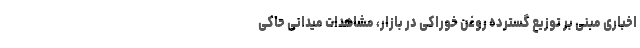
اخباری مبنی بر توزیع گسترده روغن خوراکی در بازار، مشاهدات میدانی حاکی